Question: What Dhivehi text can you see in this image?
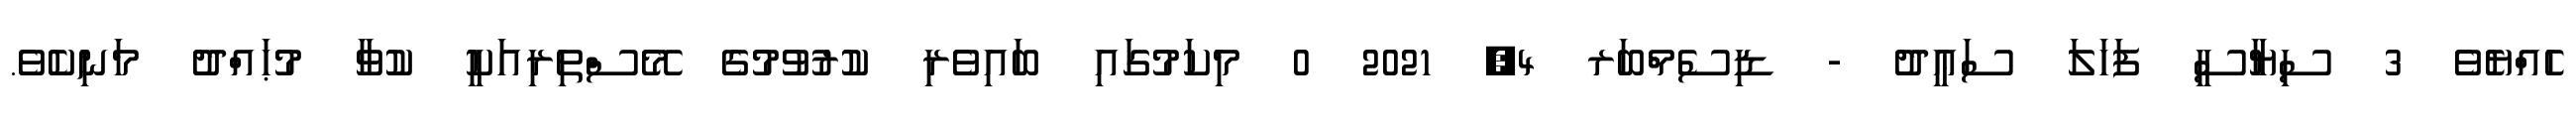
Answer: ހެއްޔެވެ 3 ސިޔާސީ ފަހަލަ ސަޢީދު - ޑިސެމްބަރ 4, 2021 0 މިކަމުގައި ބައިވެރި ކުރުވުމުގެ މޭސްތިރިއަކީ ކުވާ މުޙައްދު މަނިކެވެ.